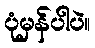
ပုံမှန်ပါပဲ။